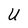
Character: U